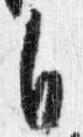
自